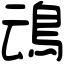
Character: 䲰